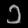
Digit: ၁